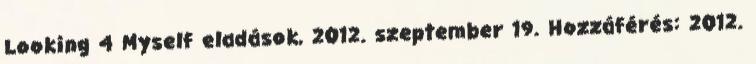
Looking 4 Myself eladások, 2012. szeptember 19. Hozzáférés: 2012.